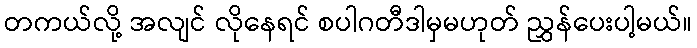
တကယ်လို့ အလျင် လိုနေရင် စပါဂတီဒါမှမဟုတ် ညွှန်ပေးပါ့မယ်။